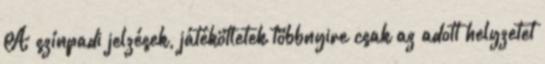
A színpadi jelzések, játékötletek többnyire csak az adott helyzetet